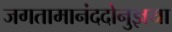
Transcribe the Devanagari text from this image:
जगतामानंददोनुज्ञया